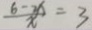
\frac { 6 - 2 x } { x } = 3